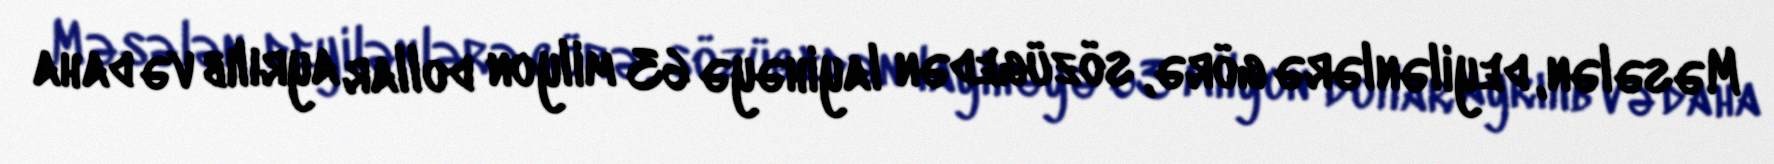
Məsələn, deyilənlərə görə, sözügedən layihəyə 63 milyon dollar ayrılıb və daha